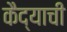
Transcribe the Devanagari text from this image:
कैद्याची